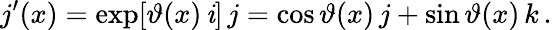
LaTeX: j^{\prime}(x)=\exp[\vartheta(x)\, \mathit{i}]\, j=\cos\vartheta(x)\, j+\sin\vartheta(x)\, k\, .